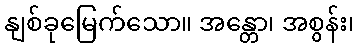
နျစ်ခုမြေက်သော။ အန္တော၊ အစွန်း၊